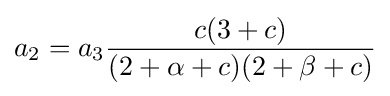
a_{2}=a_{3}{\frac {c(3+c)}{(2+\alpha +c)(2+\beta +c)}}